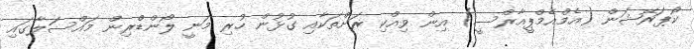
ކޯޕަރޭޝަން (އެމްއެމްޕީއާރްސީ) އިން ވިއްކި ރަށްތަކާއި ގުޅުން ހުރި މަނީ ލޯންޑްރިން މައްސަލާގައި